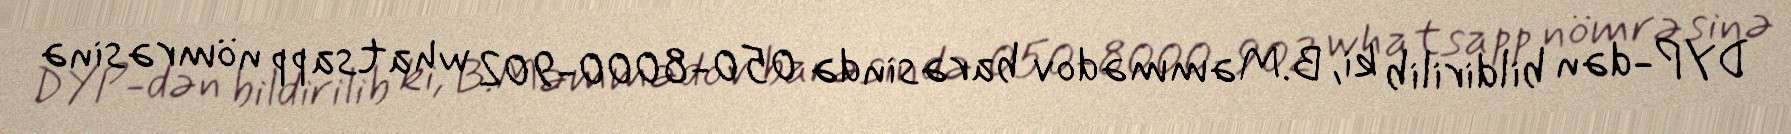
DYP-dən bildirilib ki, B.Məmmədov barəsində 050-8000-902 whatsapp nömrəsinə